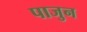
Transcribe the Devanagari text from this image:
पाजुन